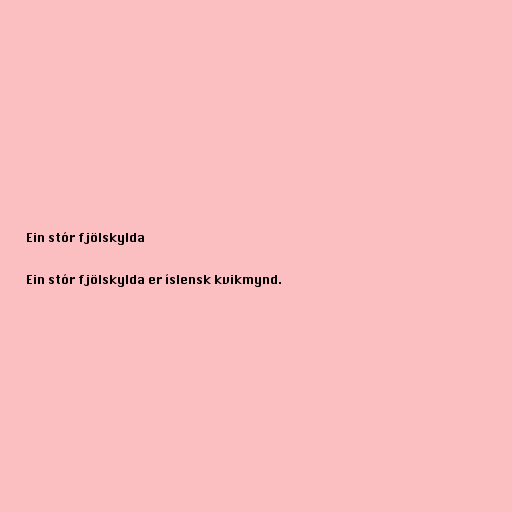
Ein stór fjölskylda

Ein stór fjölskylda er íslensk kvikmynd.